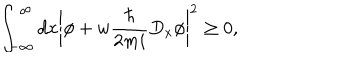
LaTeX: \int _ { - \infty } ^ { \infty } d x \left| \phi + w \frac { \hbar } { 2 m i } D _ { x } \phi \right| ^ { 2 } \ge 0 ,